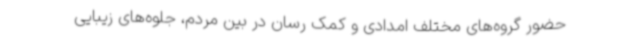
حضور گروه‌های مختلف امدادی و کمک رسان در بین مردم، جلوه‌های زیبایی